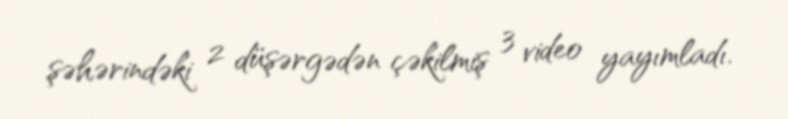
şəhərindəki 2 düşərgədən çəkilmiş 3 video yayımladı.